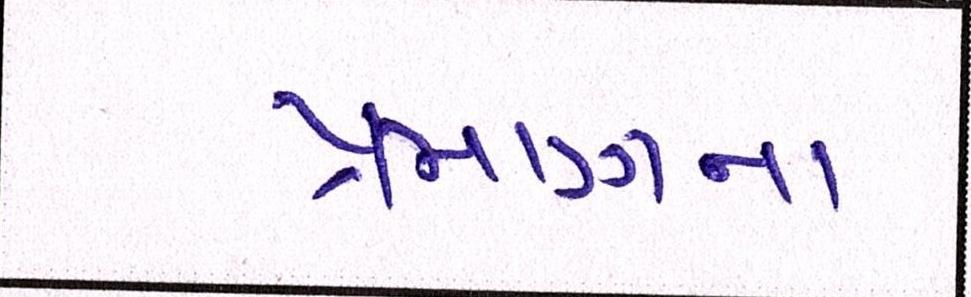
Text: પ્રમાણના